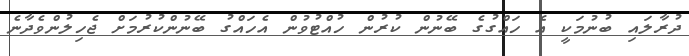
ދުރާލައި ބުނުމަކީ އެ ހައްގުގެ ބޭނުން ކުރުން ހުއްޓުވުން އެހައްގު ބޭނުންކުރުމަށް ޖެހިލުންވެދާނެ